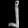
Digit: ၂